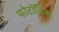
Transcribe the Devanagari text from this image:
फोटॉनिक